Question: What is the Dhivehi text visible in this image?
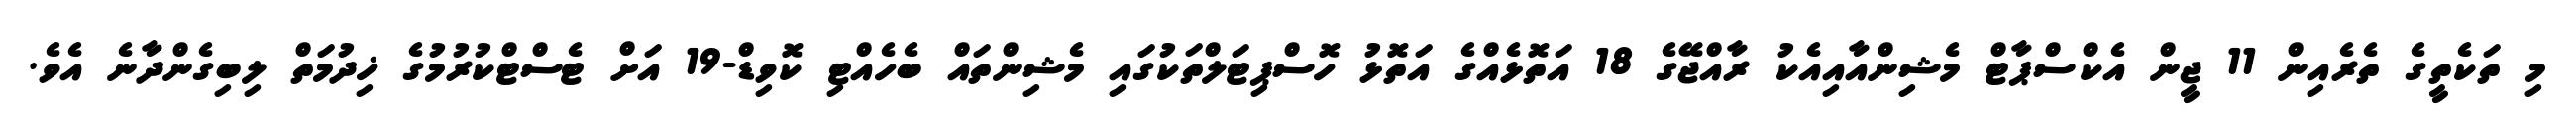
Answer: މި ތަކެތީގެ ތެރެއިން 11 ޖީން އެކްސްޕާޓް މެޝިންއާއިއެކު ރާއްޖޭގެ 18 އަތޮޅެއްގެ އަތޮޅު ހޮސްޕިޓަލްތަކުގައި މެޝިންތައް ބެހެއްޓި ކޮވިޑް-19 އަށް ޓެސްޓްކުރުމުގެ ޚިދުމަތް ލިބިގެންދާނެ އެވެ.